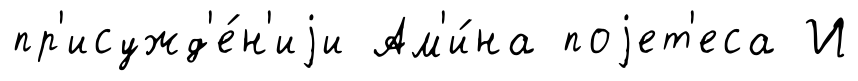
пр'исужд'е́н'иjи Ам'и́на поjет'еса И